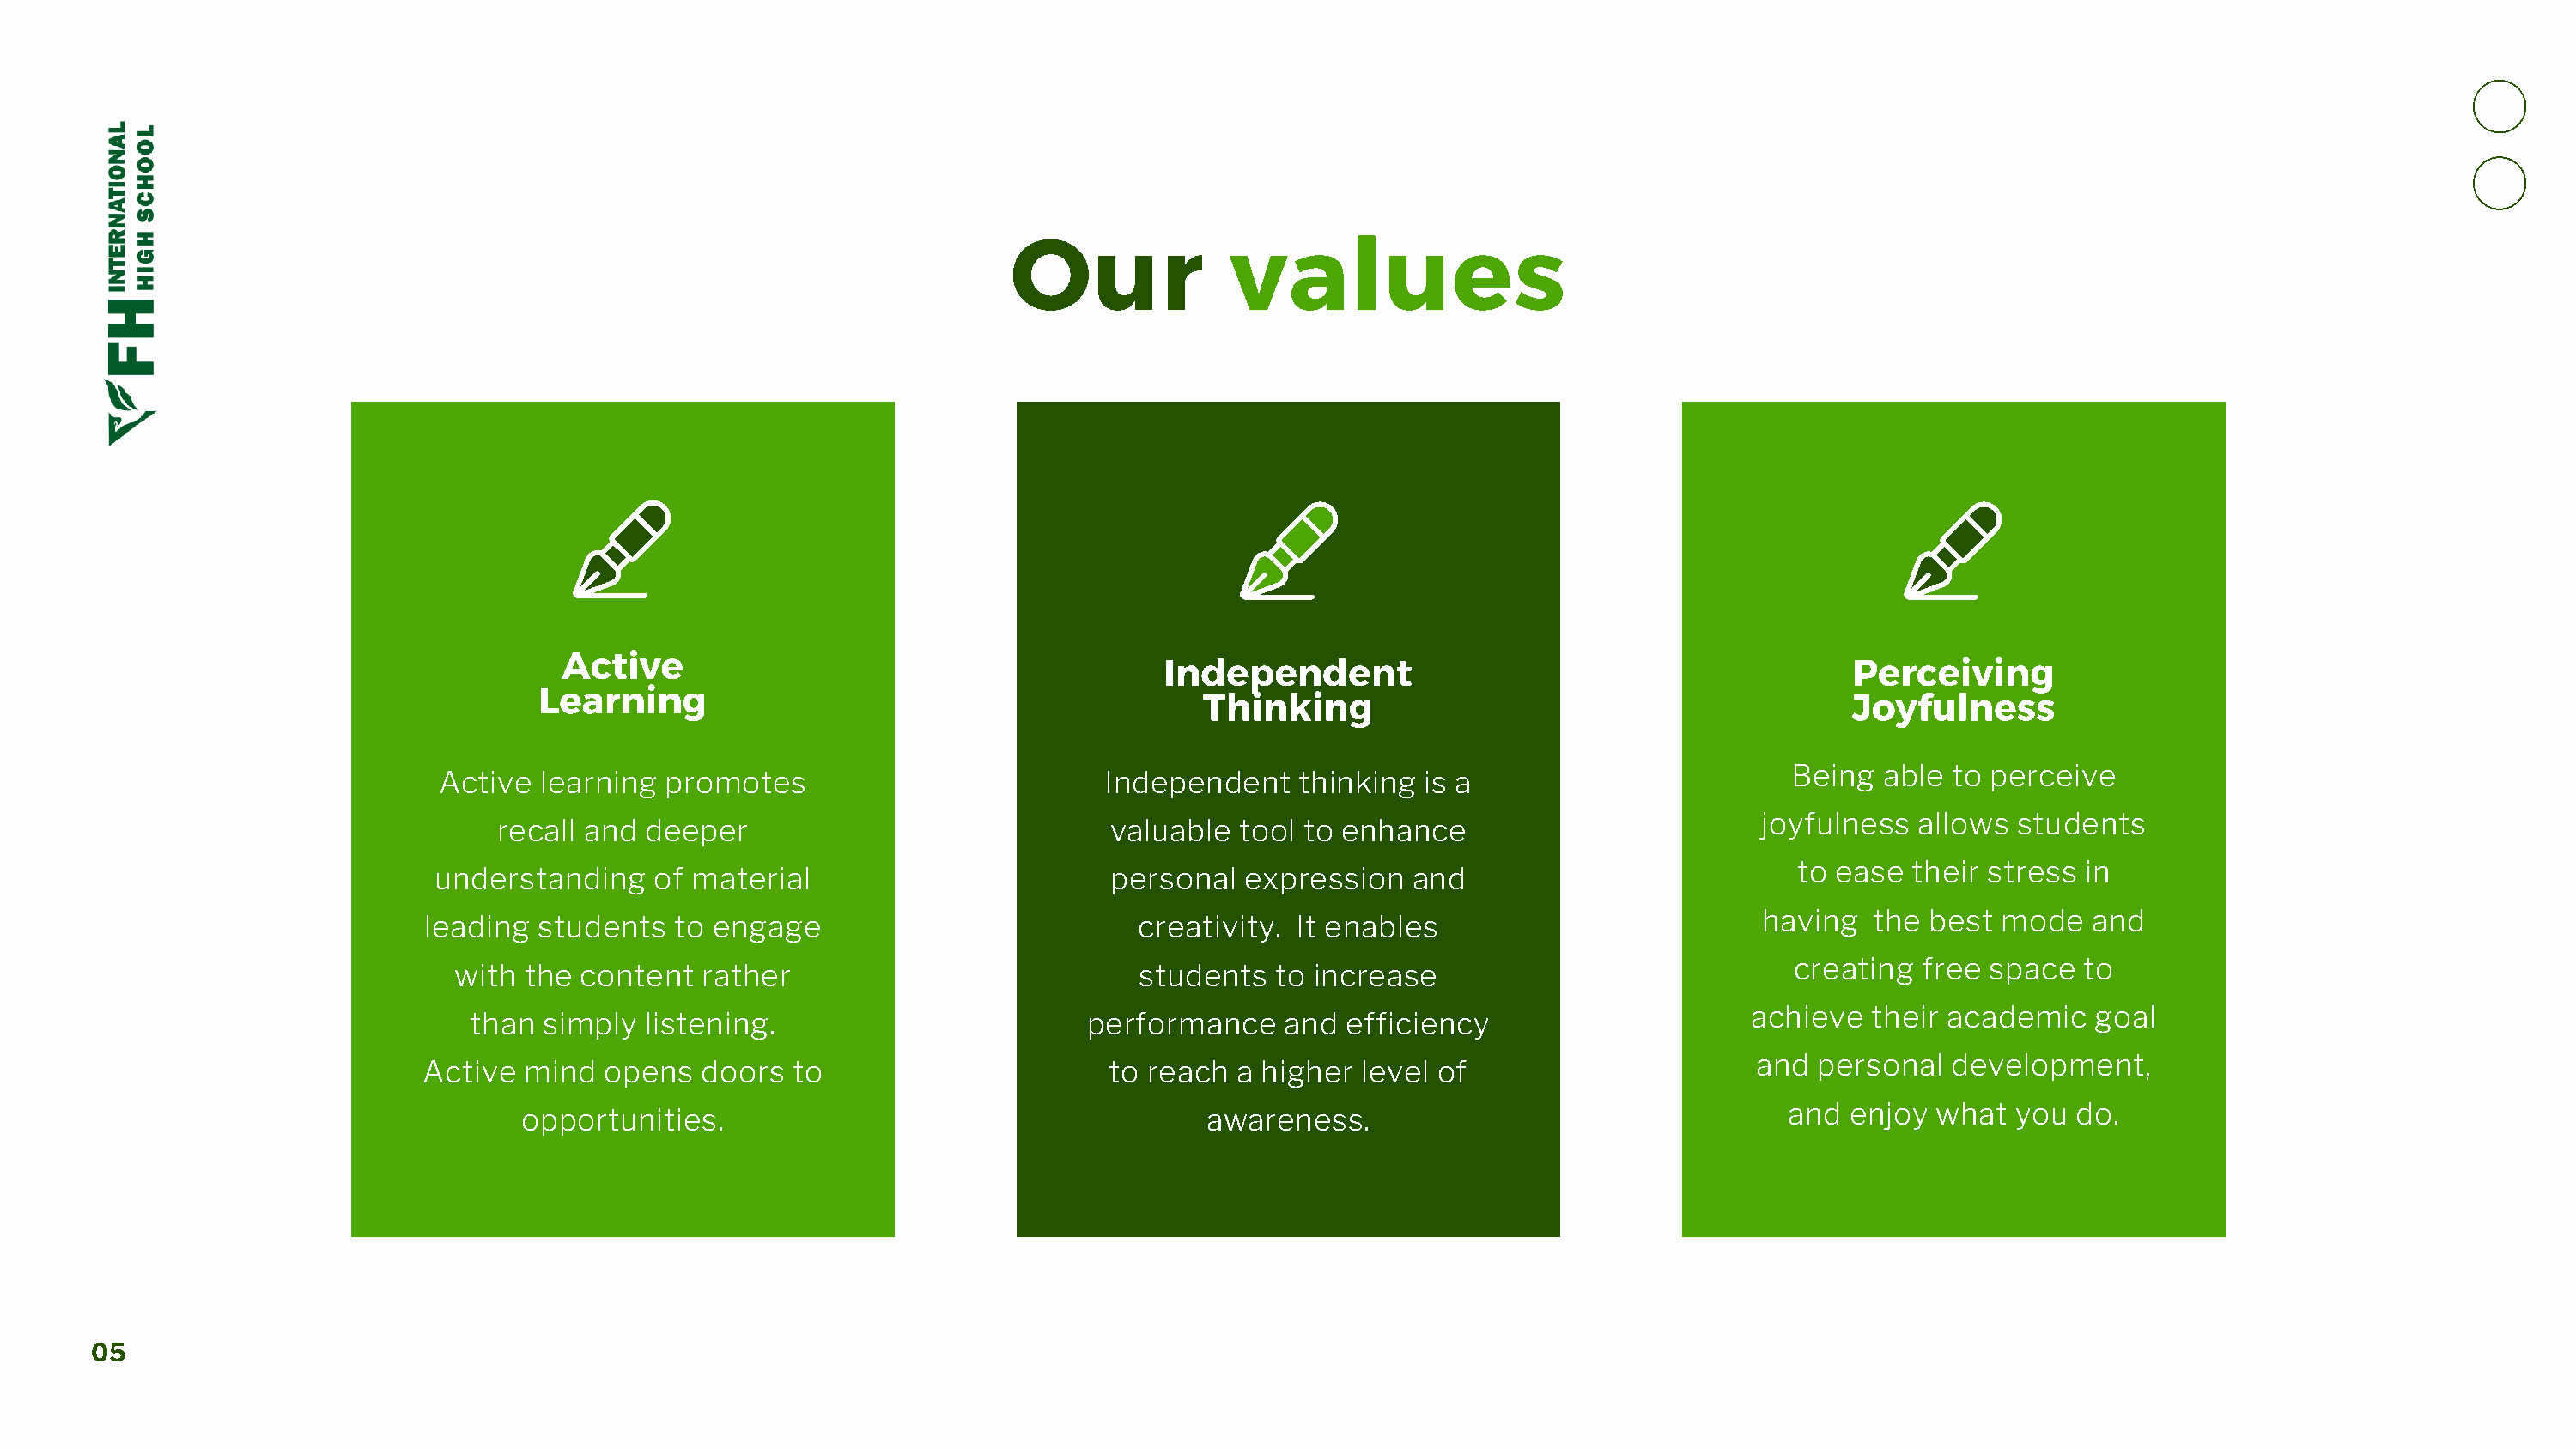
Our              values
 Active
 Independent                                          Perceiving
 Learning
 Thinking                                          Joyfulness
 Being  able to perceive
 Active  learning promotes                          Independent    thinking  is a
 joyfulness  allows  students
 recall and  deeper                              valuable  tool to enhance
 to ease their stress  in
 understanding    of material                         personal  expression   and
 having  the  best mode   and
 leading students   to engage                           creativity. It enables
 creating  free space   to
 with the  content  rather                            students  to increase
 achieve  their academic    goal
 than  simply  listening.                        performance    and  efficiency
 and  personal  development,
 Active mind   opens  doors  to                      to reach  a higher  level of
 and  enjoy what  you  do.
 opportunities.                                       awareness.
 05